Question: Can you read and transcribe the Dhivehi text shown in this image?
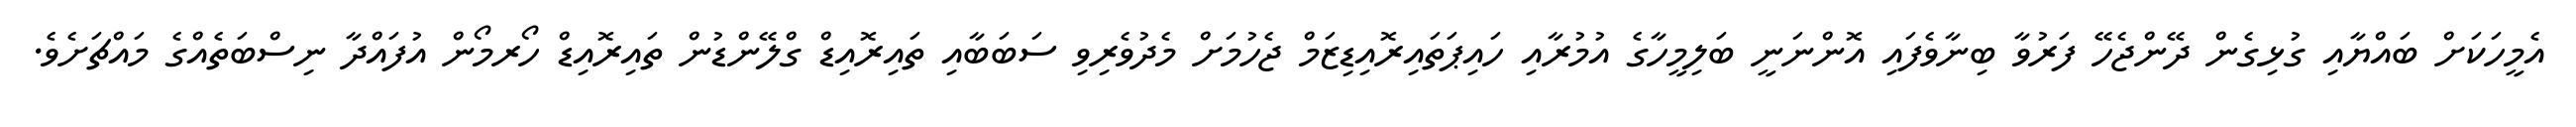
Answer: އެމީހަކަށް ބައްޔާއި ގުޅިގެން ދޭންޖެހޭ ފަރުވާ ބިނާވެފައި އޮންނަނީ ބަލިމީހާގެ އުމުރާއި ހައިޕަތައިރޮއިޑިޒަމް ޖެހުމަށް މެދުވެރިވި ސަބަބާއި ތައިރޮއިޑް ގްލޭންޑުން ތައިރޮއިޑް ހޯރމޯން އުފައްދާ ނިސްބަތެއްގެ މައްޗަށެވެ.